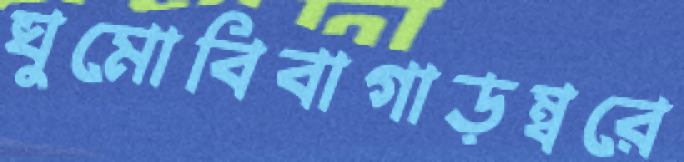
ঘুমোবিবাগাড়ম্বরে